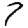
Digit: 7